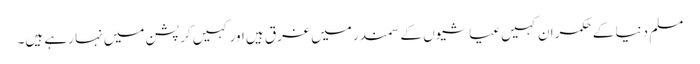
مسلم دنیا کے حکمران کہیں عیاشیوں کے سمندر میں غرق ہیں اور کہیں کرپشن میں نہا رہے ہیں۔